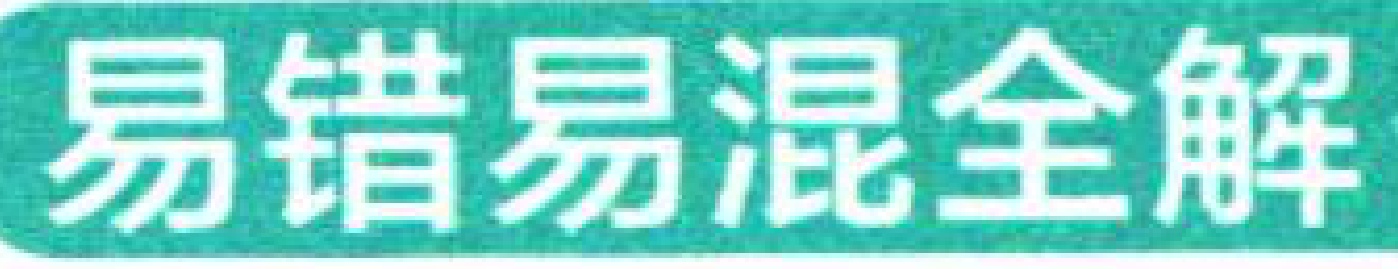
易错易混全解